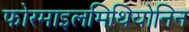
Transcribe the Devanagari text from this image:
फोरमाइलमिथियोनिन